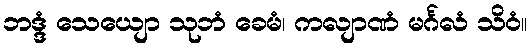
ဘဒ္ဒံ သေယျော သုဘံ ခေမံ၊ ကလျာဏံ မင်္ဂလံ သိဝံ။